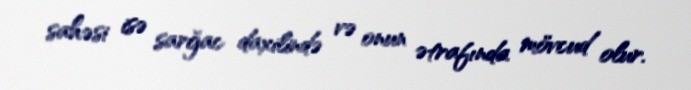
sahəsi isə sarğac daxilində və onun ətrafında mövcud olur.